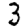
Digit: 3